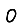
Digit: 0